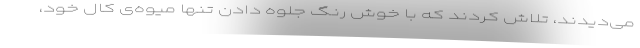
می‌دیدند، تلاش کردند که با خوش رنگ جلوه دادن تنها میوه‌ی کال خود،